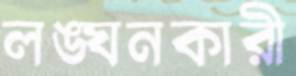
লঙ্ঘনকারী